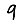
Digit: 9